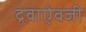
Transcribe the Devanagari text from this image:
द्रवाऐवजी